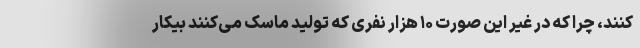
کنند، چرا که در غیر این صورت ۱۰ هزار نفری که تولید ماسک می‌کنند بیکار